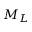
M _ { L }